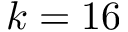
k = 1 6